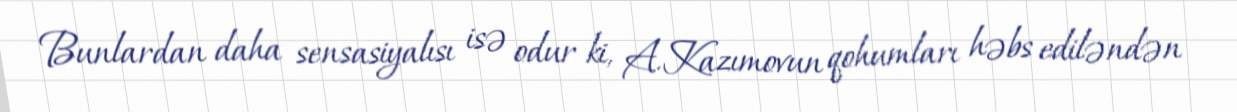
Bunlardan daha sensasiyalısı isə odur ki, A.Kazımovun qohumları həbs ediləndən